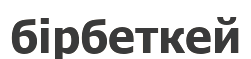
бірбеткей